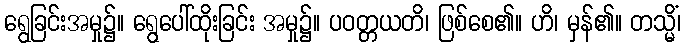
ရွေခြင်းအမှု၌။ ရွေပေါ်ထိုးခြင်း အမှု၌။ ပဝတ္တယတိ၊ ဖြစ်စေ၏။ ဟိ၊ မှန်၏။ တသ္မိံ၊